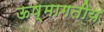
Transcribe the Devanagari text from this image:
ऊष्मागतीय